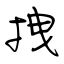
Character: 拽